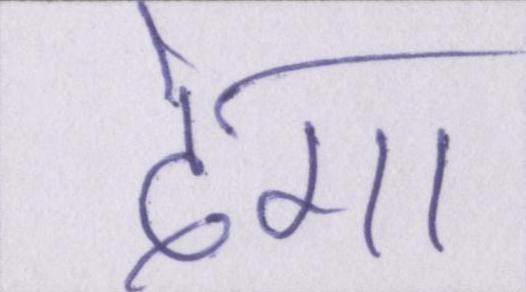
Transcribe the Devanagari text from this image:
देगा